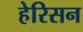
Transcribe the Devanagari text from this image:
हेरिसन